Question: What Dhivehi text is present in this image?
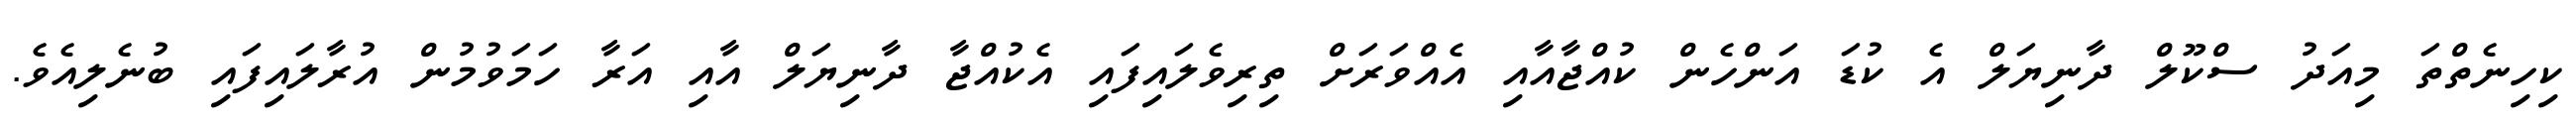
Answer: ކިހިނެތްތަ މިއަދު ސްކޫލް ދާނިޔަލް އެ ކުޑަ އަންހެން ކުއްޖާއާއި އެއްވަރަށް ތިރިވެލައިފައި އެކުއްޖާ ދާނިޔަލް އާއި އަރާ ހަމަވުމުން އުރާލައިފައި ބުނެލިއެވެ.